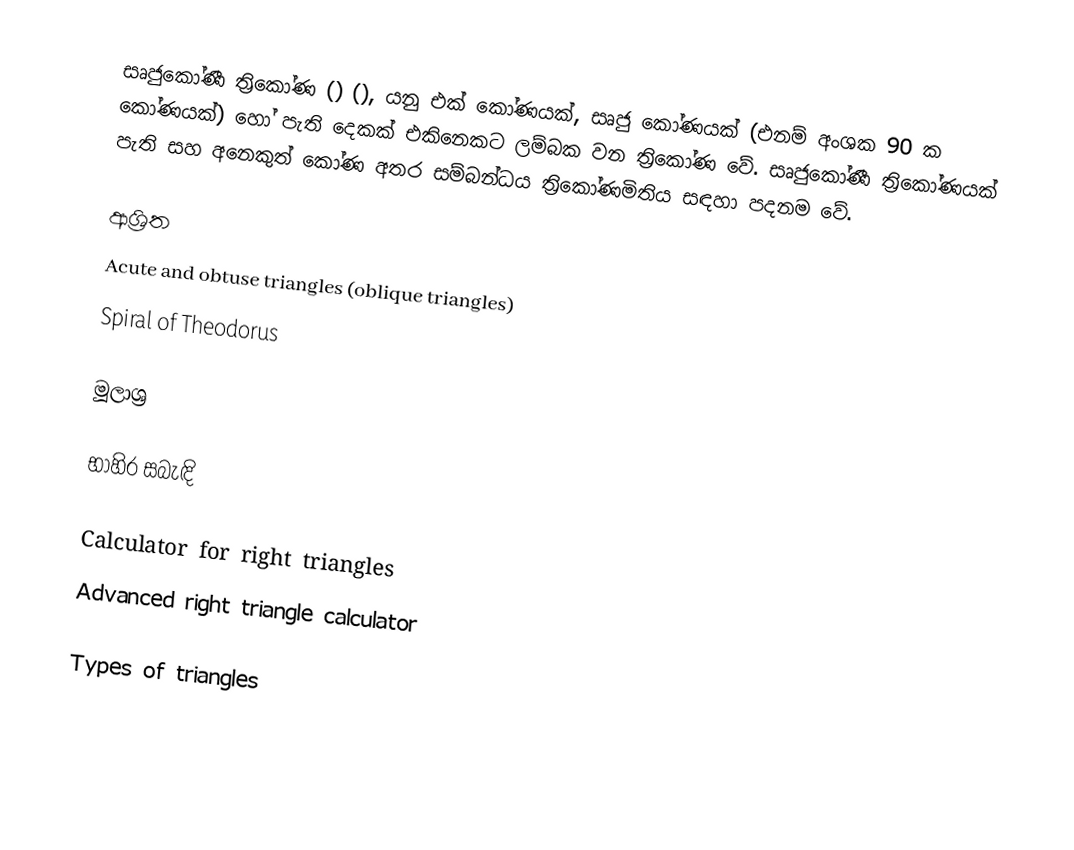
සෘජුකෝණී ත්‍රිකෝණ ()  (), යනු එක් කෝණයක්, සෘජු කෝණයක් (එනම් අංශක 90 ක කෝණයක්) හෝ පැති දෙකක් එකිනෙකට ලම්බක වන ත්‍රිකෝණ වේ.  සෘජුකෝණී ත්‍රිකෝණයක් පැති සහ අනෙකුත් කෝණ අතර සම්බන්ධය ත්‍රිකෝණමිතිය සඳහා පදනම වේ.

ආශ්‍රිත
 Acute and obtuse triangles (oblique triangles)
 Spiral of Theodorus

මූලාශ්‍ර

භාහිර සබැඳි

 Calculator for right triangles
 Advanced right triangle calculator

Types of triangles